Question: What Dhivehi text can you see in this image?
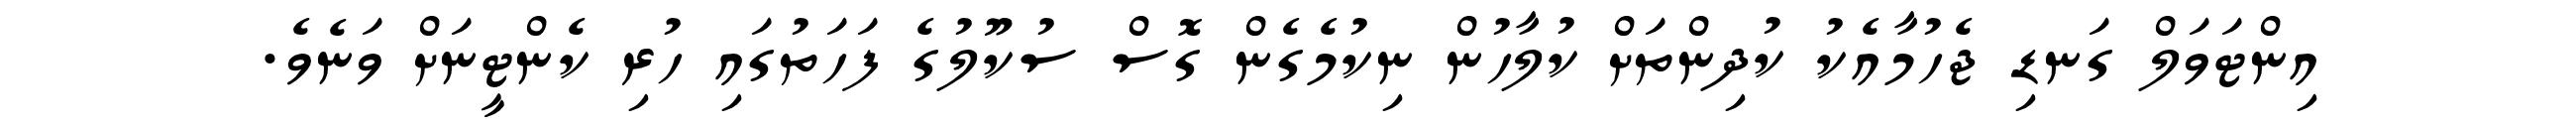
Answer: އިންޓަވަލް ގަނޑި ޖެހުމާއެކު ކުދިންތަށް ކުލާހުން ނިކުމެގެން ގޮސް ސުކޫލުގެ ފަހަތުގައި ހުރި ކެންޓީނަށް ވަނެވެ.